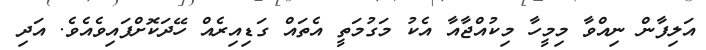
އަލިފާން ނިއްވާ މިމީހާ މިކުއްޖާއާ އެކު މަގުމަތީ އެތައް ގަޑިއިރެއް ހޭދަކޮށްފައިވެއެވެ. އަދި